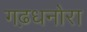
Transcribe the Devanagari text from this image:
गढ़धनोरा